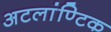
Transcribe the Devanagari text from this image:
अटलांण्टिक